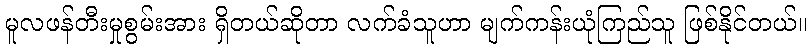
မူလဖန်တီးမှုစွမ်းအား ရှိတယ်ဆိုတာ လက်ခံသူဟာ မျက်ကန်းယုံကြည်သူ ဖြစ်နိုင်တယ်။